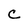
Character: C